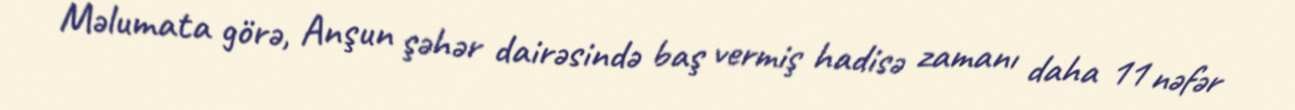
Məlumata görə, Anşun şəhər dairəsində baş vermiş hadisə zamanı daha 11 nəfər